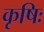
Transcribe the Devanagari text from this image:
कृषिः